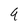
Character: 9